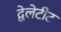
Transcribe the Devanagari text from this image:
द्वेलेटीट